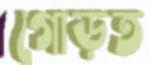
গোড়ত